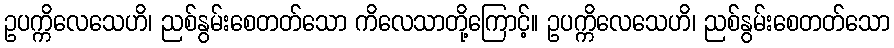
ဥပက္ကိလေသေဟိ၊ ညစ်နွမ်းစေတတ်သော ကိလေသာတို့ကြောင့်။ ဥပက္ကိလေသေဟိ၊ ညစ်နွမ်းစေတတ်သော